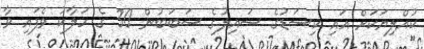
ކުއްލިޔަކަށް އައި ކިސަޑުގެ ސައިލުގެ ސަބަބުން 30 ގެ ހަލާކު ވެފައި ވާ